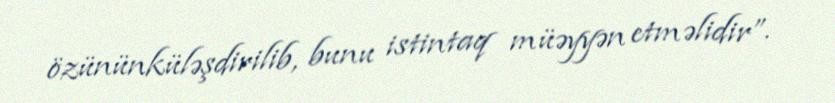
özününküləşdirilib, bunu istintaq müəyyən etməlidir”.